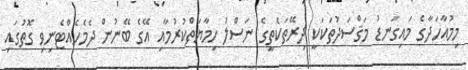
މިމުއާހަދާގެ މައިގަނޑު މަޤްސަދުތަކަކީ ދިރޭތަކެތީގެ ނަސްލު ހިމާޔަތްކުރުމާއި އޭގެ ބޭނުން ދެމެހެއްޓެނިވި ގޮތުގައި